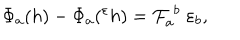
\Phi _ { a } ( h ) - \Phi _ { a } ( { } ^ { \varepsilon } h ) = { \cal F } _ { a } ^ { \; b } \; \varepsilon _ { b } ,